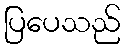
ပြပေသည်